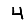
Digit: 4